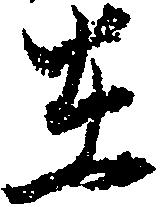
在